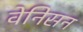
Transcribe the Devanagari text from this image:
वेनिसन